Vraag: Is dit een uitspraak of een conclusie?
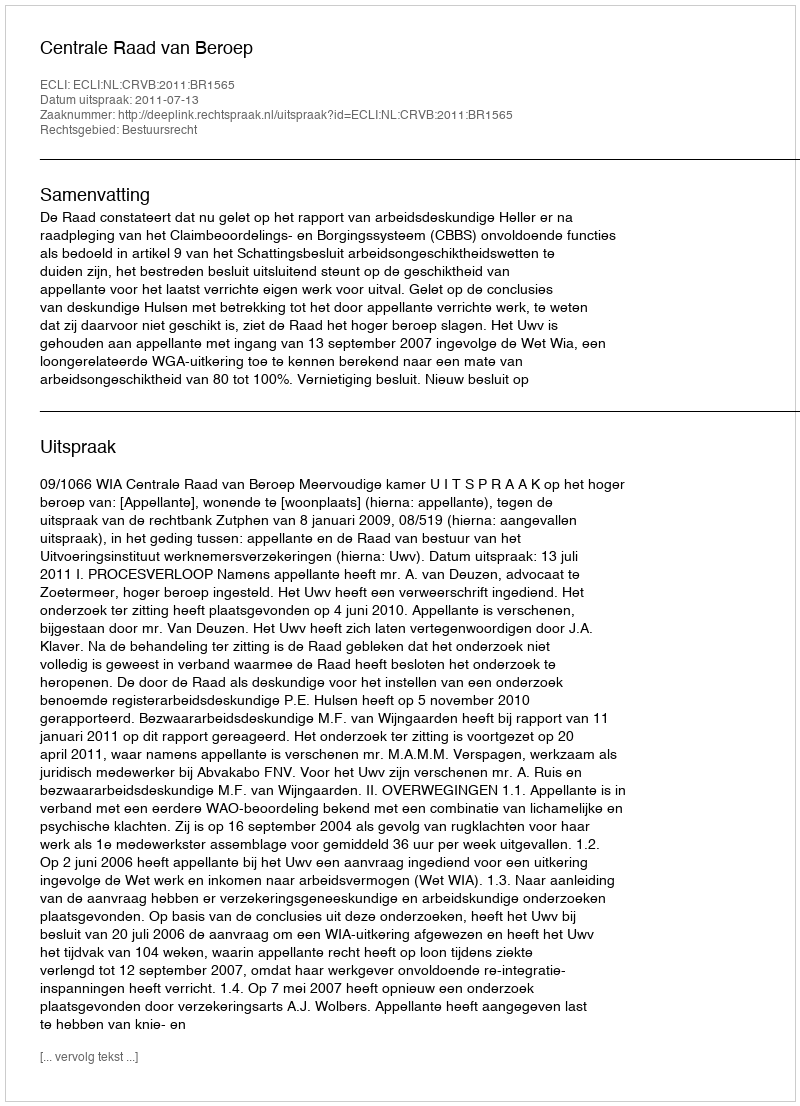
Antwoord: Uitspraak